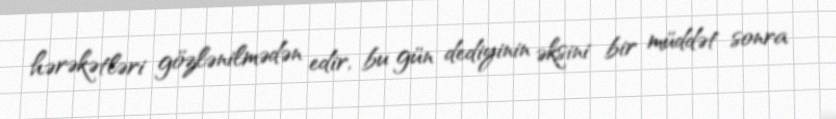
hərəkətləri gözlənilmədən edir, bu gün dediyinin əksini bir müddət sonra